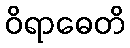
ဝိရာဓေတိ